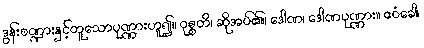
ဒွန်းစဏ္ဍားနှင့်တူသောပုဏ္ဏားဟူ၍။ ဝုစ္စတိ၊ ဆိုအပ်၏။ ဒေါဏ၊ ဒေါဏပုဏ္ဏား။ ဧဝံခေါ၊